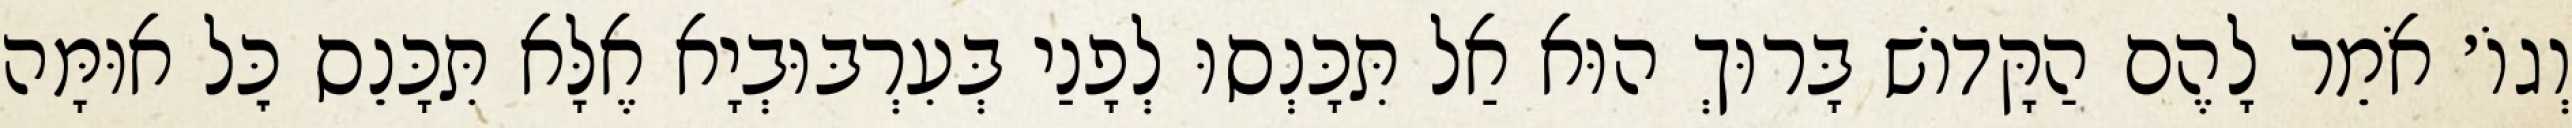
וְגוֹ׳ אֹמֵר לָהֶם הַקָּדוֹשׁ בָּרוּךְ הוּא אַל תִּכָּנְסוּ לְפָנַי בְּעִרְבּוּבְיָא אֶלָּא תִּכָּנֵס כׇּל אוּמָּה